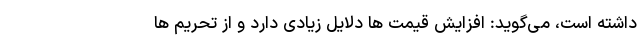
داشته است، می‌گوید: افزایش قیمت ها دلایل زیادی دارد و از تحریم ها